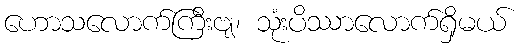
ဟောသလောက်ကြီးဗျ၊ သုံးပိဿာလောက်ရှိမယ်